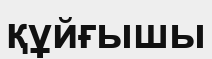
құйғышы